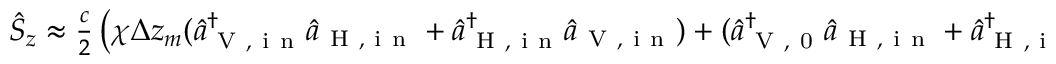
\begin{array} { r } { \hat { S } _ { z } \approx \frac { c } { 2 } \left( \chi \Delta z _ { m } ( \hat { a } _ { \mathrm { ~ V ~ , ~ i ~ n ~ } } ^ { \dagger } \hat { a } _ { \mathrm { ~ H ~ , ~ i ~ n ~ } } + \hat { a } _ { \mathrm { ~ H ~ , ~ i ~ n ~ } } ^ { \dagger } \hat { a } _ { \mathrm { ~ V ~ , ~ i ~ n ~ } } ) + ( \hat { a } _ { \mathrm { ~ V ~ , ~ 0 ~ } } ^ { \dagger } \hat { a } _ { \mathrm { ~ H ~ , ~ i ~ n ~ } } + \hat { a } _ { \mathrm { ~ H ~ , ~ i ~ n ~ } } ^ { \dagger } \hat { a } _ { \mathrm { ~ V ~ , ~ 0 ~ } } ) \right) } \end{array}